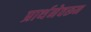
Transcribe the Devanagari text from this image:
प्रार्थनेवरून